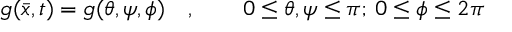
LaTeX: g ( \bar { x } , t ) = g ( \theta , \psi , \phi ) \quad , \qquad 0 \leq \theta , \psi \leq \pi ; \, 0 \leq \phi \leq 2 \pi